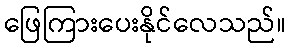
ဖြေကြားပေးနိုင်လေသည်။